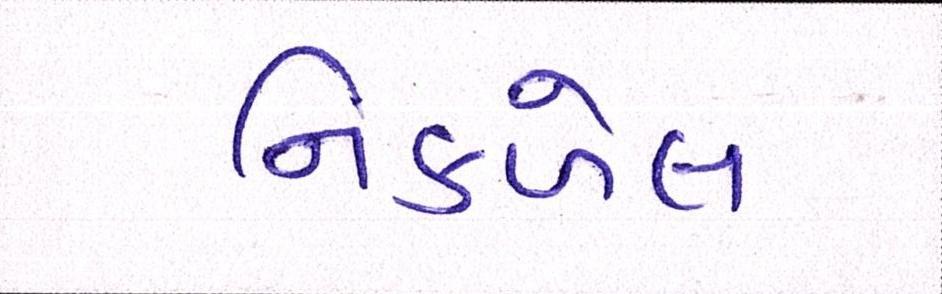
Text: નિકળેલ